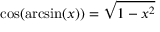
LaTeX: \cos ( \arcsin ( x ) ) = { \sqrt { 1 - x ^ { 2 } } }